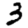
Digit: 3